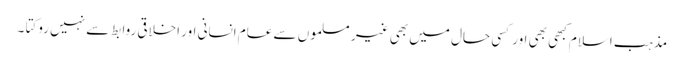
مذہب اسلام کبھی بھی اور کسی حال میں بھی غیر مسلموں سے عام انسانی اور اخلاقی روابط سے نہیں روکتا ۔